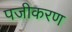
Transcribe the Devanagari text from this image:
पजीकरण